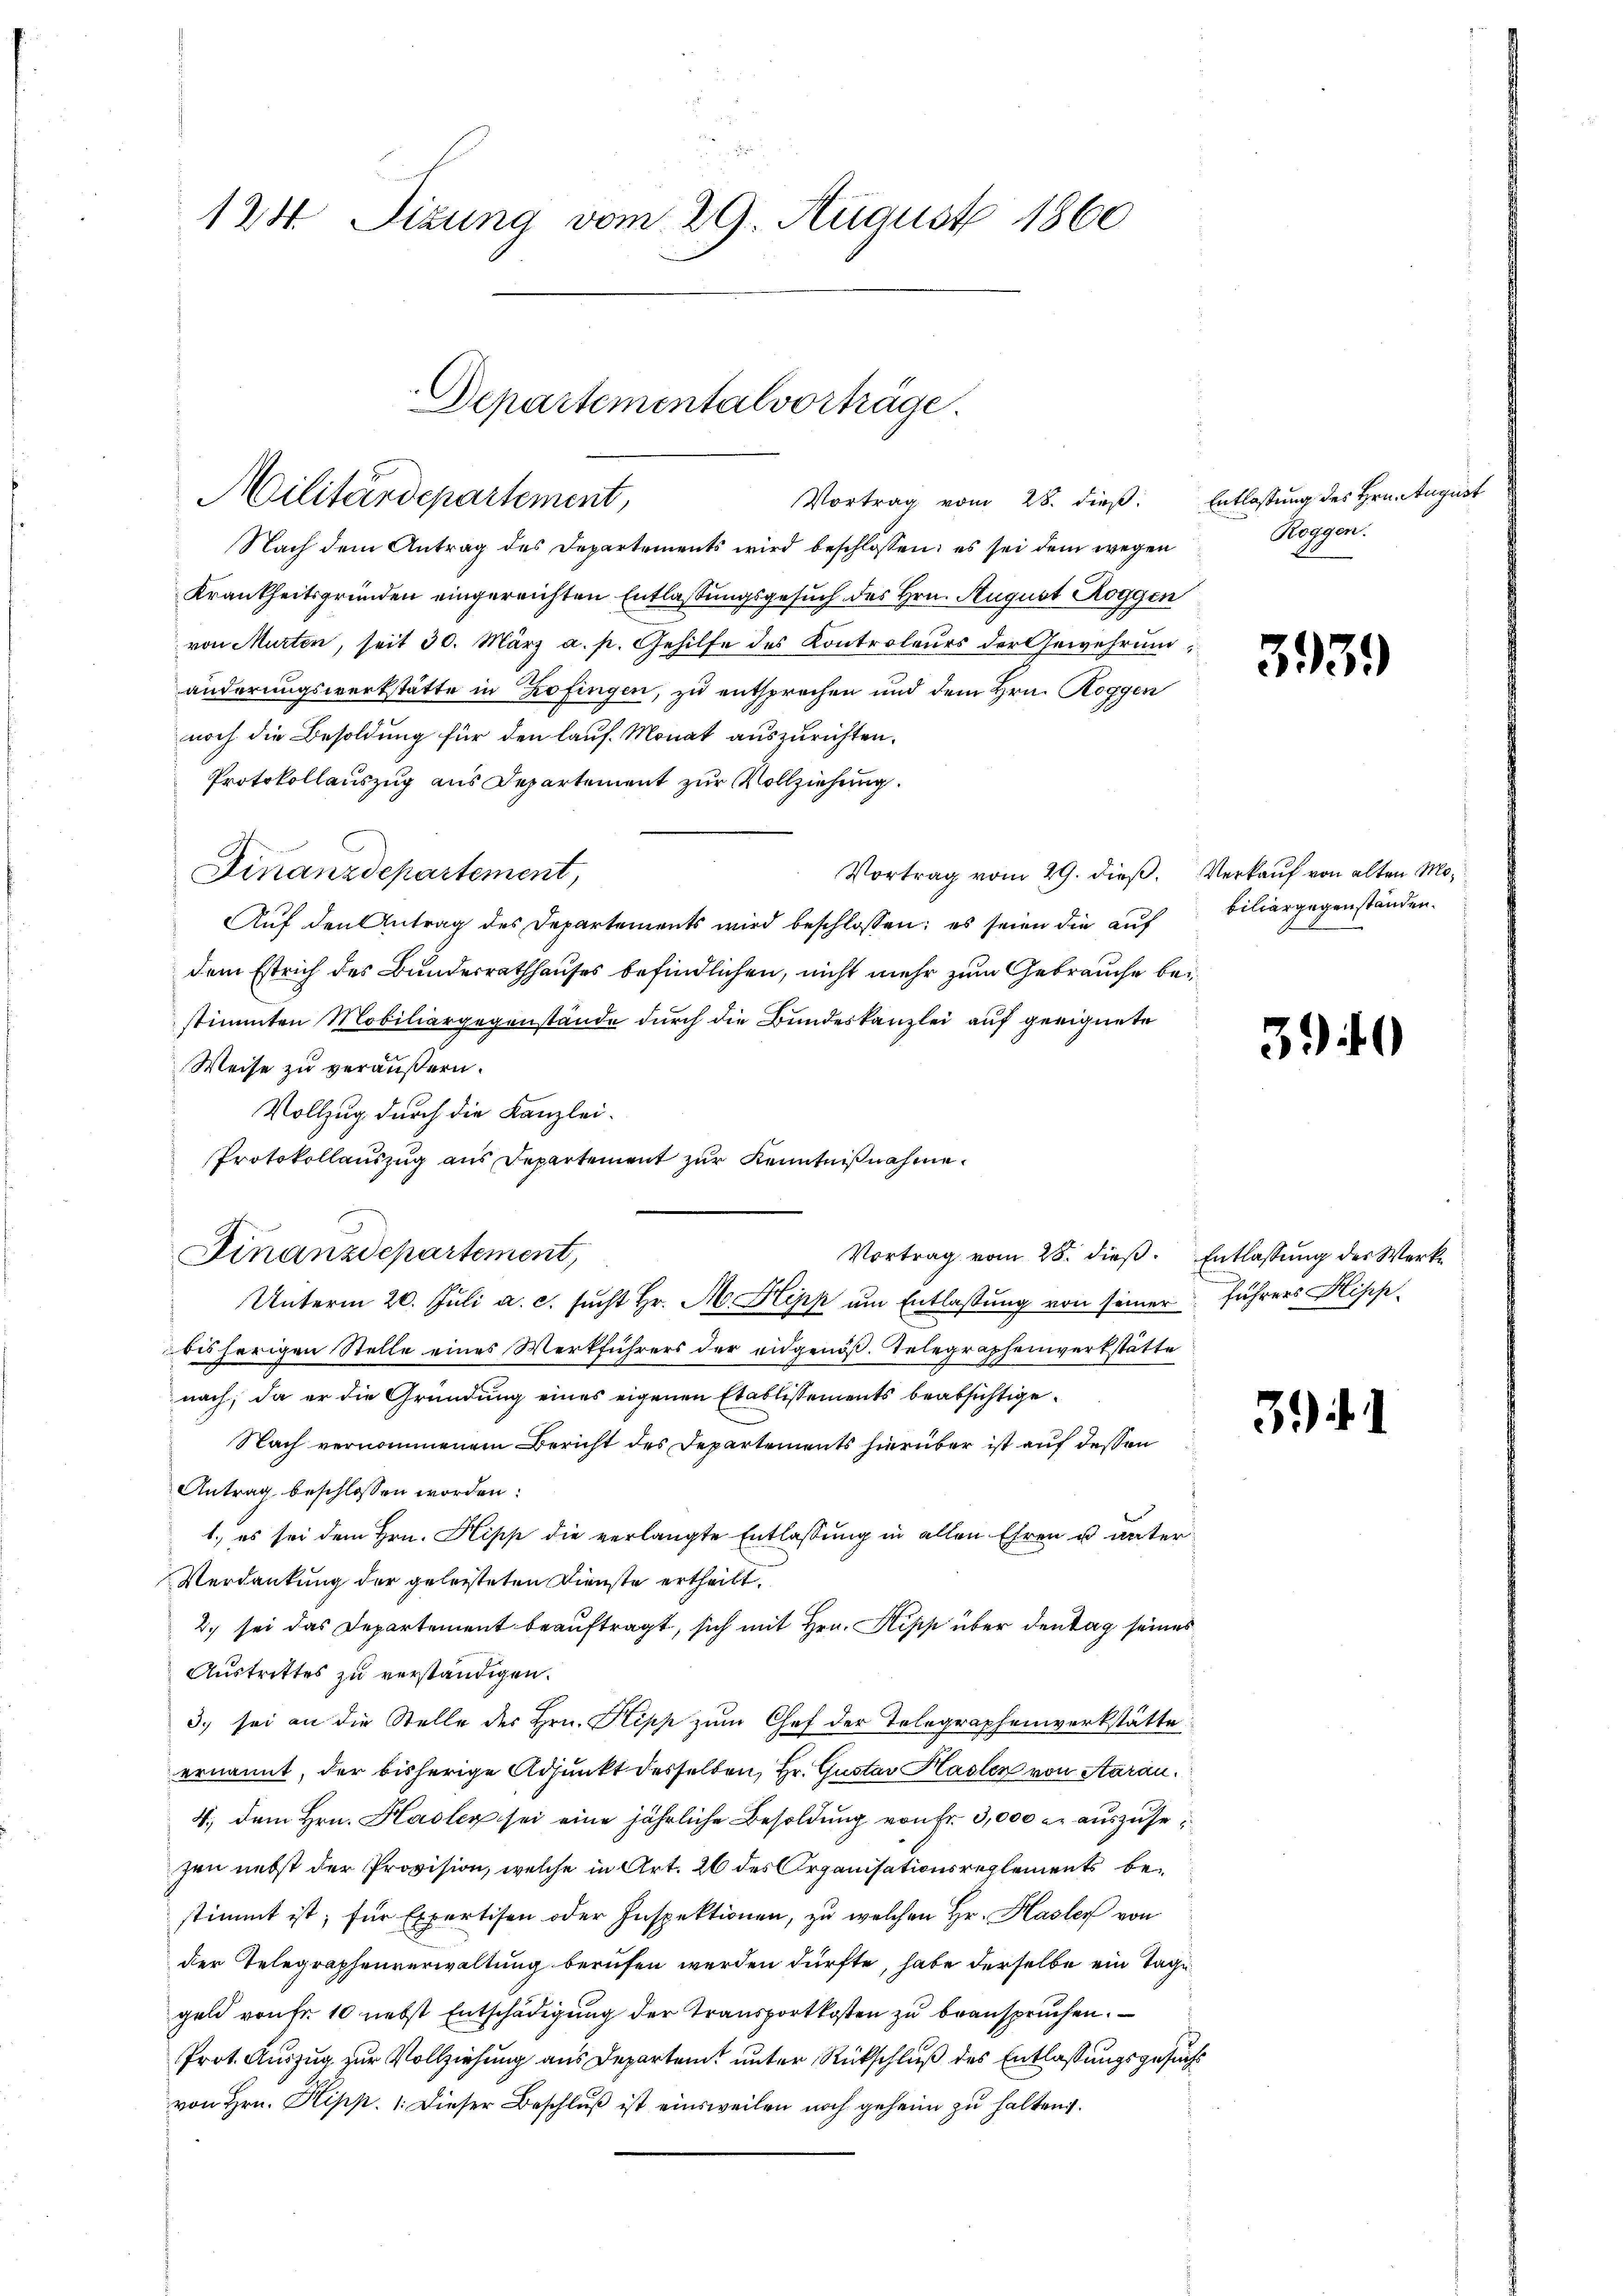
123 Sizung vom 29. August 1860

Vortrag vom 28. dieß: Entlassung des Hrn. August
Nach dem Antrag des Departements wird beschlossen: es sei dem wegen
Krankheitsgründen eingereichten Entlaßungsgesuch des Hrn. August Roggen
von Murten, seit 30. März a. p. Gehilfe des Kontroleurs der Gewehrung,
änderungswerkstätte in Zofingen, zu entsprechen und dem Hrn. Roggen
noch die Besoldung für den lauf Monat auszurichten.
Protokollauszug aus Departement zur Vollziehung.
Vortrag vom 29. dieß. Verkauf von alten Mo¬
Finanzdepartement,
Auf den Antrag des Departements wird beschlossen: es seien die auf biliargegenständen.
dem Estrich des Bundesrathhauses befindlichen, nicht mehr zum Gebrauche bei
stimmten Mobiliargegenstände durch die Bundeskanzlei auf geeignete
Weise zu veräußern.
Vollzug durch die Kanzlei-
Protokollauszug aus Departement zur Kenntnißnahme.
Finanzdepartement,
Vortrag vom 28. dieß. Entlassung des Werke
Unterm 20. Juli a. c. sucht Hr. A. Klipp um Entlassung von seiner führers Fisch-
bisherigen Stelle eines Werkführers der eidgenöß. Telegraphenwerkstätte
nach, da er die Gründung eines eigenen Etablissements beabsichtige¬
Nach vernommenem Bericht des Departements hierüber ist auf dessen
Antrag beschlossen worden:
1., es sei dem Hrn. Klipp die verlangte Entlassung in allen Ehren u unter
Verdankung der geleisteten Dienste ertheilt.
2. sei das Departement beauftragt, sich mit Hrn. Klipp über den tag seines
Austrittes zu verständigen.
3. sei an die Stelle des Hrn. Klipp zum Chef der Telegraphenwerkstätte
ernannt, der bisherige Adjunkt desselben, Hr. Gustav Hasler von Aarau¬
4., dem Hrn. Hasler sei eine jährliche Besoldung von Fr. 3,000 c. auszusefen nebst der Provision, welche in Art. 26 des Organisationsreglements bestimmt ist; für Expertisen oder Inspektionen, zu welchen Hr. Hasler von
der Telegraphenverwaltung berufen werden dürfte, habe derselbe ein Tage
geld route 10 nebst Entschädigung der Transportkosten zu beanspruchen.
Prot. Auszug zur Vollziehung aus Departem unter Rückschluß des Entlaßungsgesuchs
von Hrn. Hipp. 1. Dieser Beschlŭβ ist einsweilen noch geheim zu halten.

Departemental vorträge.
Militärdepartement,

Roggen.

339

3940

3). 1